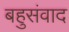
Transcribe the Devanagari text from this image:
बहुसंवाद